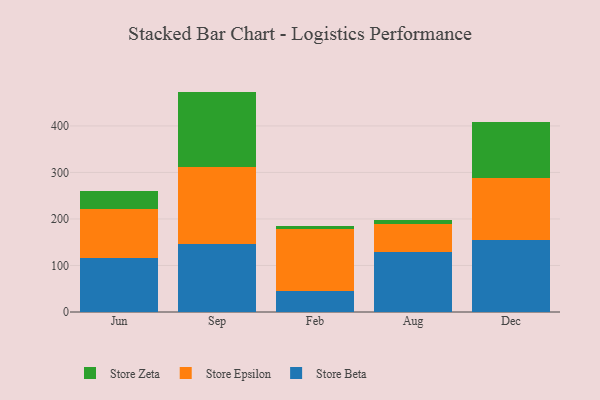
{"axis": {"x": "Month", "y": "Website Visitors"}, "legend": ["Store Beta", "Store Epsilon", "Store Zeta"], "data": [{"x": "Jun", "y": 115.2, "type": "Store Beta"}, {"x": "Jun", "y": 106.0, "type": "Store Epsilon"}, {"x": "Jun", "y": 38.1, "type": "Store Zeta"}, {"x": "Sep", "y": 146.5, "type": "Store Beta"}, {"x": "Sep", "y": 164.3, "type": "Store Epsilon"}, {"x": "Sep", "y": 163.0, "type": "Store Zeta"}, {"x": "Feb", "y": 45.0, "type": "Store Beta"}, {"x": "Feb", "y": 133.9, "type": "Store Epsilon"}, {"x": "Feb", "y": 6.6, "type": "Store Zeta"}, {"x": "Aug", "y": 129.9, "type": "Store Beta"}, {"x": "Aug", "y": 60.3, "type": "Store Epsilon"}, {"x": "Aug", "y": 8.4, "type": "Store Zeta"}, {"x": "Dec", "y": 155.4, "type": "Store Beta"}, {"x": "Dec", "y": 132.8, "type": "Store Epsilon"}, {"x": "Dec", "y": 119.4, "type": "Store Zeta"}]}